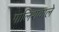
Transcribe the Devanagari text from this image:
पालिशवाले